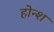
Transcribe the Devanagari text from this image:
होन्श